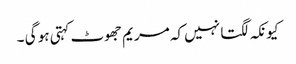
کیونکہ لگتا نہیں کہ مریم جھوٹ کہتی ہو گی ۔